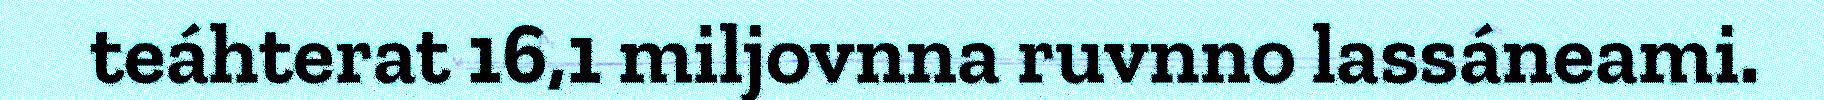
teáhterat 16,1 miljovnna ruvnno lassáneami.